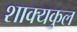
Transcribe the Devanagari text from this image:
शाक्यकुल